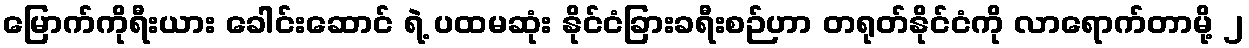
မြောက်ကိုရီးယား ခေါင်းဆောင် ရဲ့ ပထမဆုံး နိုင်ငံခြားခရီးစဉ်ဟာ တရုတ်နိုင်ငံကို လာရောက်တာမို့ ၂